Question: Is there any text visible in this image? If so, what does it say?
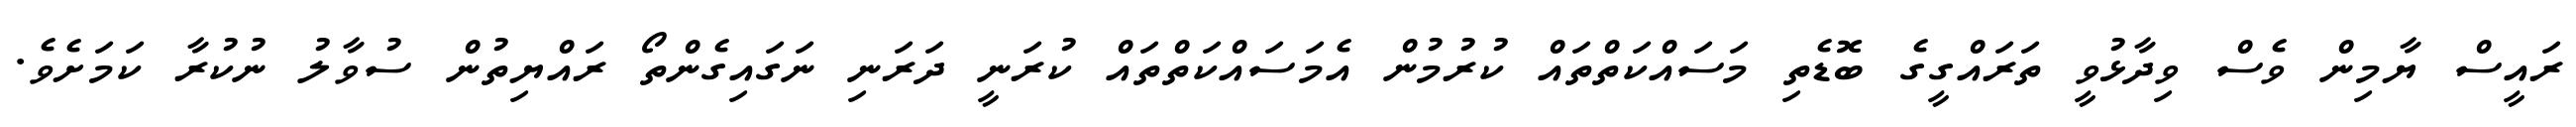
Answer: ރައީސް ޔާމިން ވެސް ވިދާޅުވީ ތަރައްގީގެ ބޮޑެތި މަސައްކަތްތައް ކުރުމުން އެމަސައްކަތްތައް ކުރަނީ ދަރަނި ނަގައިގެންތޯ ރައްޔިތުން ސުވާލު ނުކުރާ ކަމަށެވެ.